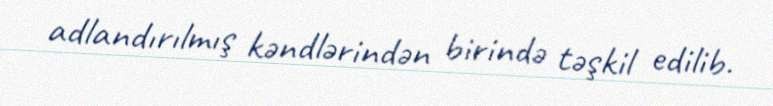
adlandırılmış kəndlərindən birində təşkil edilib.